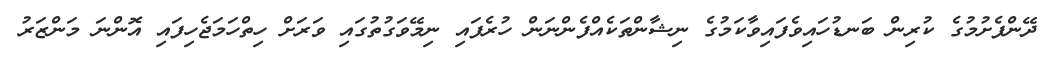
ދޭންފެށުމުގެ ކުރިން ބަނޑުހައިވެފައިވާކަމުގެ ނިޝާންތަކެއްފެންނަން ހުރެފައި ނިމޭވަގުތުގައި ވަރަށް ހިތްހަމަޖެހިފައި އޮންނަ މަންޒަރު